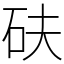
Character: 砆